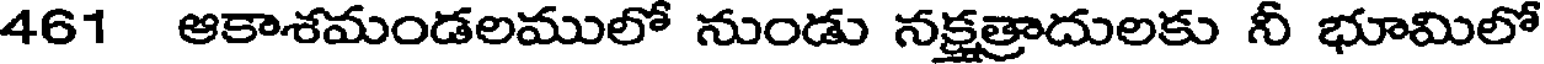
461 ఆకాశమండలములో నుండు నక్షత్రాదులకు నీ భూమిలో